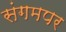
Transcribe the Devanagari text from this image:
संगमपर